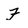
Character: F